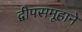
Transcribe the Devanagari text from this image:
द्वीपसमूहाने